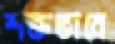
শক্তভাবে